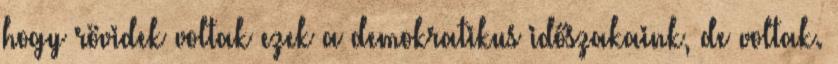
hogy rövidek voltak ezek a demokratikus időszakaink, de voltak.